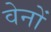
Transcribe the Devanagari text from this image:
वेनों